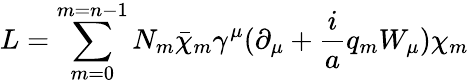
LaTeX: L=\sum_{m=0}^{m=n-1}N_{m}\bar{\chi}_{m}\gamma^{\mu}(\partial_{\mu}+\frac{i}{a}q_{m}W_{\mu})\chi_{m}